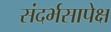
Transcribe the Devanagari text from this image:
संदर्भसापेक्ष